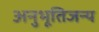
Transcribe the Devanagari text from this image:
अनुभूतिजन्य